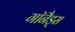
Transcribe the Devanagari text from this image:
गॉनैड्स